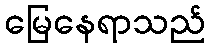
မြေနေရာသည်